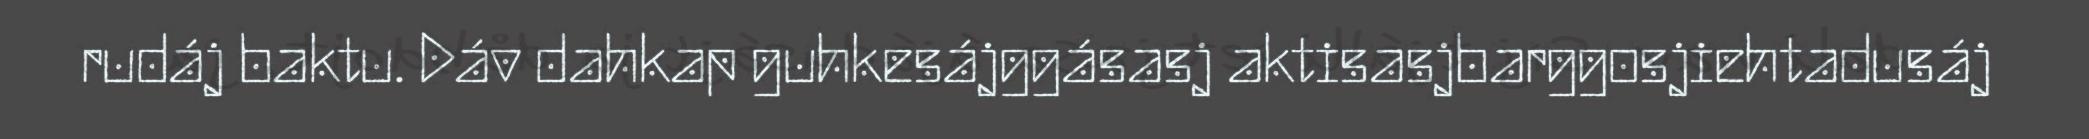
rudáj baktu. Dáv dahkap guhkesájggásasj aktisasjbarggosjiehtadusáj